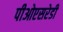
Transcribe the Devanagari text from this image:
पीओएसरेडी